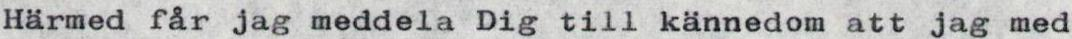
Härmed får jag meddela Dig till kännedom att jag med